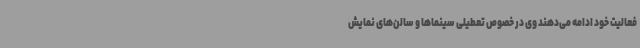
فعالیت خود ادامه می‌دهند وی در خصوص تعطیلی‌ سینماها و سالن‌های نمایش